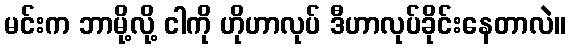
မင်းက ဘာမို့လို့ ငါကို ဟိုဟာလုပ် ဒီဟာလုပ်ခိုင်းနေတာလဲ။